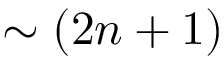
\sim ( 2 n + 1 )